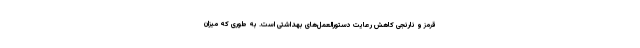
قرمز و نارنجی کاهش رعایت دستورالعمل‌های بهداشتی است. به طوری که میزان